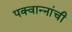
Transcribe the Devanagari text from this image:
पक्वान्‍नांची